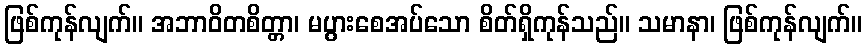
ဖြစ်ကုန်လျက်။ အဘာဝိတစိတ္တာ၊ မပွားစေအပ်သော စိတ်ရှိကုန်သည်။ သမာနာ၊ ဖြစ်ကုန်လျက်။